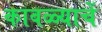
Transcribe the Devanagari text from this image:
कावळ्याचें